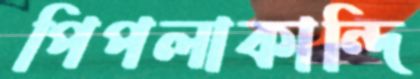
পিপলাকান্দি